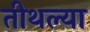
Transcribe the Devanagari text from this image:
तीथल्या